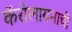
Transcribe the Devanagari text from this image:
कॅरोलायनाची